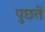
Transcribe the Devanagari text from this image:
पुछतें